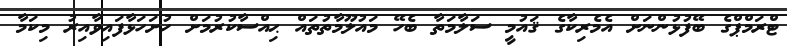
ޓްރަމްޕްގެ ބޭފުޅުންނަށް އެމެރިކާގެ ޤައުމީ ސަލާމަތާ ބެހޭ މައުލޫމާތުތައް ޙިއްސާކުރުމަށް ހުށަހަޅާފައިވާއިރު މިކަމާ